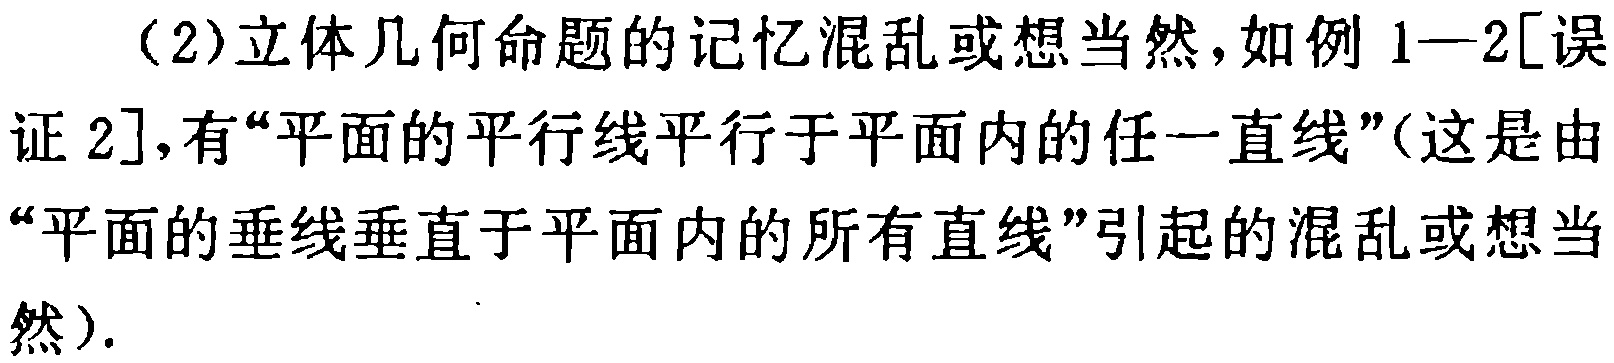
（2）立体几何命题的记忆混乱或想当然，如例1—2[误证2],有“平面的平行线平行于平面内的任一直线”(这是由“平面的垂线垂直于平面内的所有直线”引起的混乱或想当然).